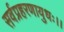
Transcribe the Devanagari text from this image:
सर्वप्रहरणायुधः।।